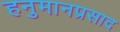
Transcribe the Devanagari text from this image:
हनुमानप्रसाद